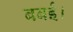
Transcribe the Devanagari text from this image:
बबई।